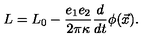
L = L _ { 0 } - { \frac { e _ { 1 } e _ { 2 } } { 2 \pi \kappa } } { \frac { d } { d t } } \phi ( \vec { x } ) .